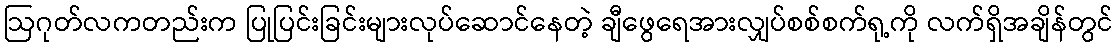
ဩဂုတ်လကတည်းက ပြုပြင်းခြင်းများလုပ်ဆောင်နေတဲ့ ချီဖွေရေအားလျှပ်စစ်စက်ရု့ကို လက်ရှိအချိန်တွင်